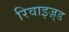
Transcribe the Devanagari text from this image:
रिवाइज़्ड